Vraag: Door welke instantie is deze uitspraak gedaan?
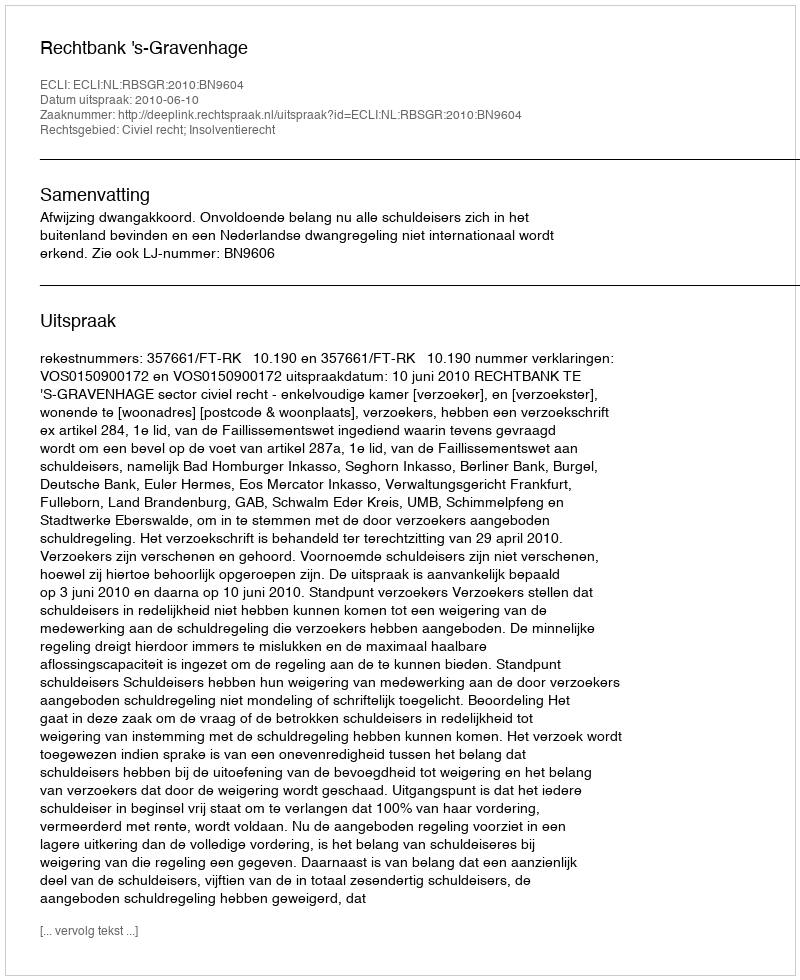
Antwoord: Rechtbank 's-Gravenhage